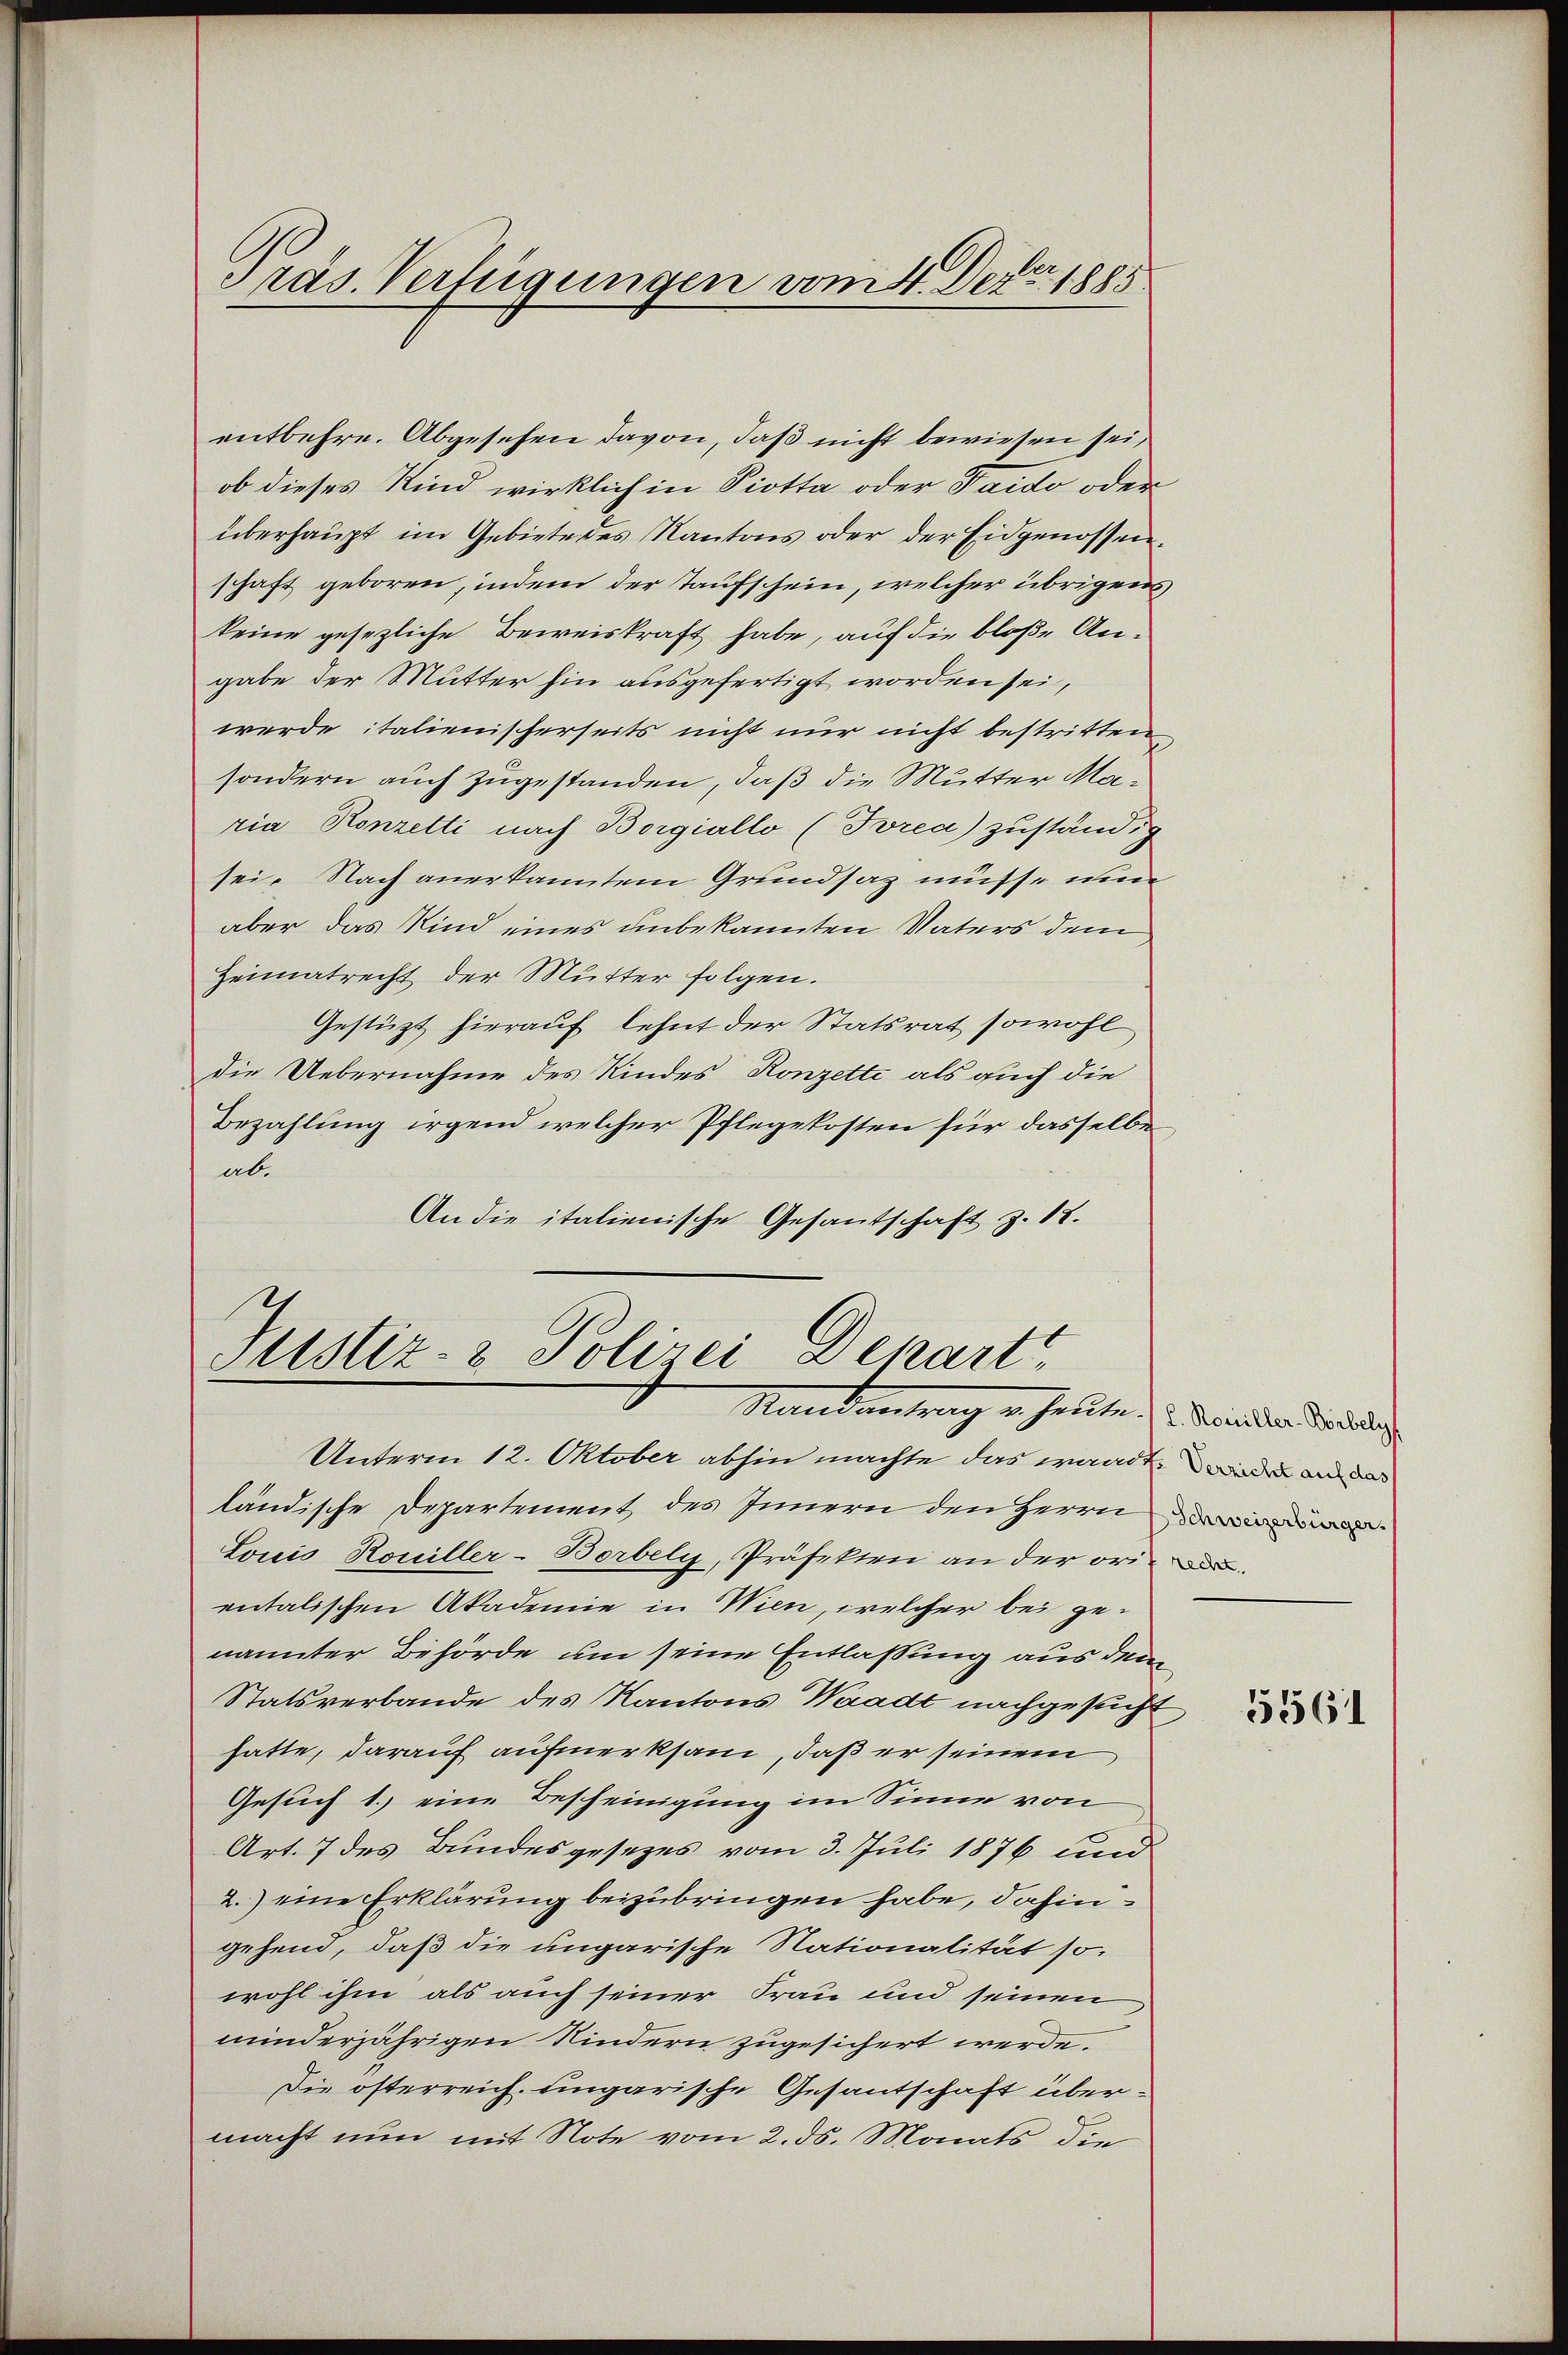
Präs. Verfügungen vom 4. Dez. 1885

entbehre. Abgesehen davon, daß nicht bewiesen sei,
ob dieses Kind wirklich in Piotta oder Faido oder
überhaupt im Gebiete des Kantons oder der Eidgenossenschaft geboren, indem der Taufschein, welcher übrigens
keine gesezliche Beweiskraft habe, auf die bloße Angabe der Mutter hin ausgefertigt worden sei,
werde italienischerseits nicht nur nicht bestritten
sondern auch zugestanden, daß die Mutter Maria Konzetti nach Borgiallo (Brea) zuständig
sei. Nach anerkanntem Grundsaz müsse nun
aber das Kind eines unbekannten Vaters dem
Heimatrecht der Mutter folgen.
Gestützt hierauf lehnt der Statsrat sowohl
die Uebernahme des Kindes Konzette als auch die
Bezahlung irgend welcher Pflegekosten für dasselbe
ab.
An die italienische Gesantschaft z. 18.

Justiz- & Polizei Departt
Martierterung in sollte. (l. Mein der Dir beleg

Unterm 12. Oktober abhin machte das waadt, wieder an der
ländische Departement des Innern den Herrn
Louis Rouiller-Borbely, Präfekten an der ori
entalischen Akademie in Wien, welcher bei genannter Behörde um seine Entlassung aus dem
Statsverbande des Kantons Waadt nachgesucht
hatte, darauf aufmerksam, daß er seinem
Gesuch 1.) eine Bescheinigung im Sinne von
Art. 7 des Bundesgesezes vom 3. Juli 1876 und
2.) eine Erklärung beizubringen habe, dahin
gehend, daß die ungarische Nationalität so-
wohl ihm als auch seiner Frau und seinen
minderjährigen Kindern zugesichert werde.
Die österreich. Eingarische Gesantschaft übermacht nun mit Note vom 2. ds. Monats die

5561